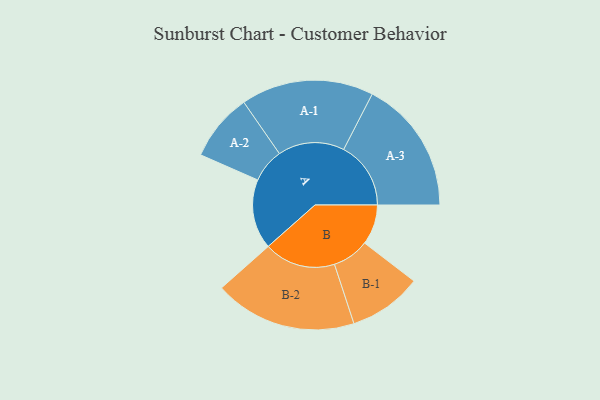
{"axis": {"x": "Segment", "y": "Value"}, "legend": ["", "A", "B"], "data": [{"x": "A", "y": 266, "type": ""}, {"x": "B", "y": 153, "type": ""}, {"x": "A-1", "y": 253, "type": "A"}, {"x": "A-2", "y": 129, "type": "A"}, {"x": "A-3", "y": 256, "type": "A"}, {"x": "B-1", "y": 140, "type": "B"}, {"x": "B-2", "y": 272, "type": "B"}]}